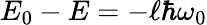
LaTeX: E_{0}-E=-\ell\hbar\omega_{0}